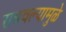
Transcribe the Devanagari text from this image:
राबवल्यामुळे